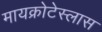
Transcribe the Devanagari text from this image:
मायक्रोटेस्लास